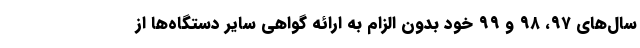
سال‌های ۹۷، ۹۸ و ۹۹ خود بدون الزام به ارائه گواهی سایر دستگاه‌ها از